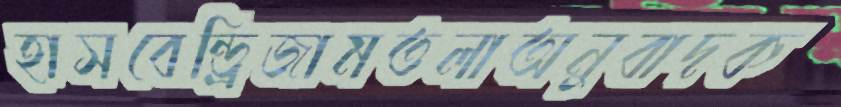
হাসবেন্ড্রিজামতলাঅনুবাদক